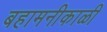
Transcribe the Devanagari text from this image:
बहामनीकाळी